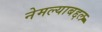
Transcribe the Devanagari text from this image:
नेमल्याबद्दल